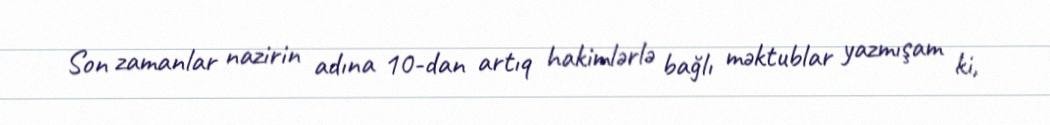
Son zamanlar nazirin adına 10-dan artıq hakimlərlə bağlı məktublar yazmışam ki,